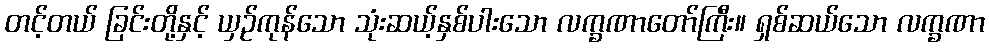
တင့်တယ် ခြင်းတို့နှင့် ယှဉ်ကုန်သော သုံးဆယ့်နှစ်ပါးသော လက္ခဏာတော်ကြီး။ ရှစ်ဆယ်သော လက္ခဏာ